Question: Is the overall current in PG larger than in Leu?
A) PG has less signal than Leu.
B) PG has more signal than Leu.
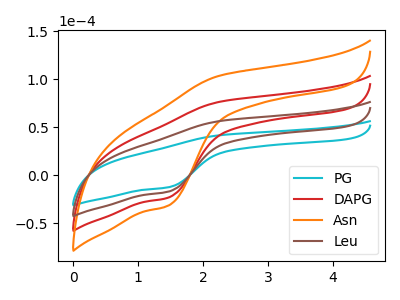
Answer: <think>The cyan curve "PG" has an anodic peak at (2.25V, 41.35uA) and a cathodic peak at (1.45V, -12.70uA). The red curve "DAPG" has an anodic peak at (2.25V, 112.25uA) and a cathodic peak at (1.45V, -34.40uA). The orange curve "Asn" has an anodic peak at (2.25V, 168.35uA) and a cathodic peak at (1.45V, -51.60uA). The brown curve "Leu" has an anodic peak at (2.25V, 56.10uA) and a cathodic peak at (1.45V, -17.20uA).
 All the peaks in "PG" have a peak in "Leu" at the same potential. Every peak in "PG" is lower than every peak in "Leu".</think>
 <answer>A) "PG" has less signal than "Leu".</answer>
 <eval>A</eval>